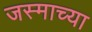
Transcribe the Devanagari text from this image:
जस्माच्या